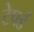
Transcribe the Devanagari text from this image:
टेपर्ड